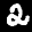
Label: 2